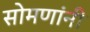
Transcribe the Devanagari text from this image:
सोमणांनी